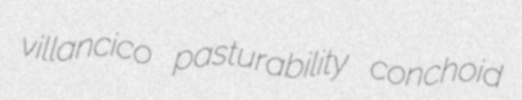
villancico pasturability conchoid